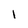
Character: l